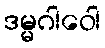
ဒမ္မဂါဝေါ